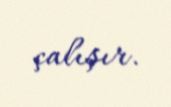
çalışır.